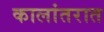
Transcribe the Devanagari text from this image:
कालांतरात